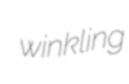
winkling